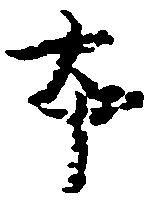
本